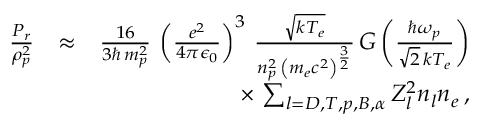
\begin{array} { r l r } { \frac { P _ { r } } { \rho _ { p } ^ { 2 } } } & { \approx } & { \frac { 1 6 } { 3 \hbar \, m _ { p } ^ { 2 } } \, \left( \frac { e ^ { 2 } } { 4 \pi \epsilon _ { 0 } } \right) ^ { 3 } \, \frac { \sqrt { k T _ { e } } } { n _ { p } ^ { 2 } \, \left( m _ { e } c ^ { 2 } \right) ^ { \frac { 3 } { 2 } } } \, G \left( \frac { \hbar \omega _ { p } } { \sqrt { 2 } \, k T _ { e } } \right) } \\ & { } & { \times \, \sum _ { l = D , T , p , B , \alpha } Z _ { l } ^ { 2 } n _ { l } n _ { e } \, , } \end{array}